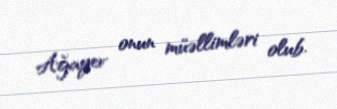
Ağayev onun müəllimləri olub.